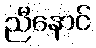
ညီနောင်